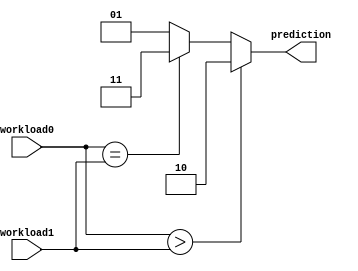
`ifndef PREDICTOR_V
`define PREDICTOR_V

module Predictor(
  workload0,    //Workload of the datapath0
  workload1,    //Workload of the datapath1
  prediction    //Indicates which of the datapaths finish its workload
);

  parameter width = 16;

  input wire[width-1:0] workload0, workload1;
  output reg[1:0] prediction;

  always @(*) begin
    if (workload0 > workload1)
      prediction = 2'b10; //update dp1
    else if (workload0 == workload1)
      prediction = 2'b11; //update both pointers
    else
      prediction = 2'b01; //update dp0
  end

endmodule // Predictor 

`endif